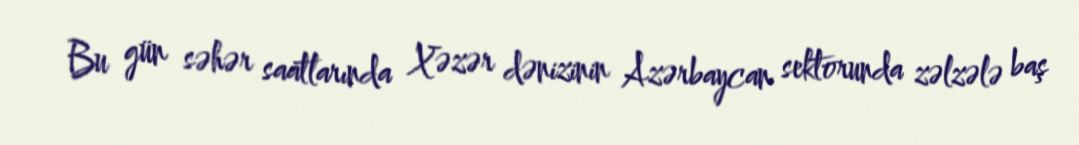
Bu gün səhər saatlarında Xəzər dənizinin Azərbaycan sektorunda zəlzələ baş